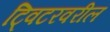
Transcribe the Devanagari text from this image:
ट्विटरवरील